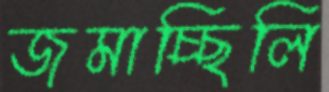
জমাচ্ছিলি